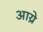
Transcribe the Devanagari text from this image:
आय्रे